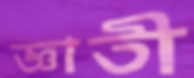
জ্ঞাতী